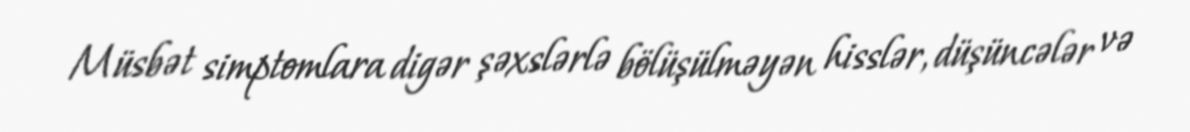
Müsbət simptomlara digər şəxslərlə bölüşülməyən hisslər, düşüncələr və